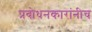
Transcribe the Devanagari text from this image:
प्रबोधनकारांनीच